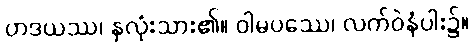
ဟဒယဿ၊ နှလုံးသား၏။ ဝါမပဿေ၊ လက်ဝဲနံပါး၌။